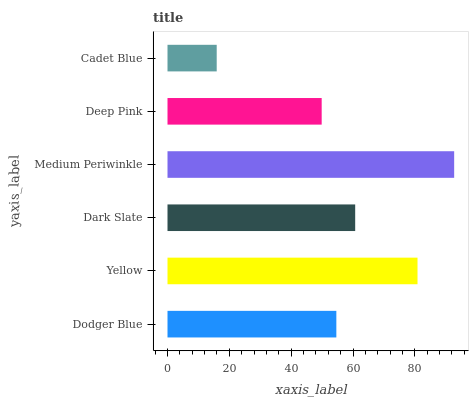
| yaxis_label | bars |
 | --- | --- |
 | Dodger Blue | 54.6 |
 | Yellow | 80.8 |
 | Dark Slate | 60.7 |
 | Medium Periwinkle | 92.7 |
 | Deep Pink | 49.9 |
 | Cadet Blue | 15.9 |